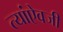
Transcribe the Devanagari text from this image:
त्यांऐवजी